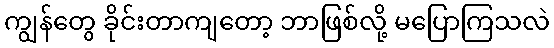
ကျွန်တွေ ခိုင်းတာကျတော့ ဘာဖြစ်လို့ မပြောကြသလဲ